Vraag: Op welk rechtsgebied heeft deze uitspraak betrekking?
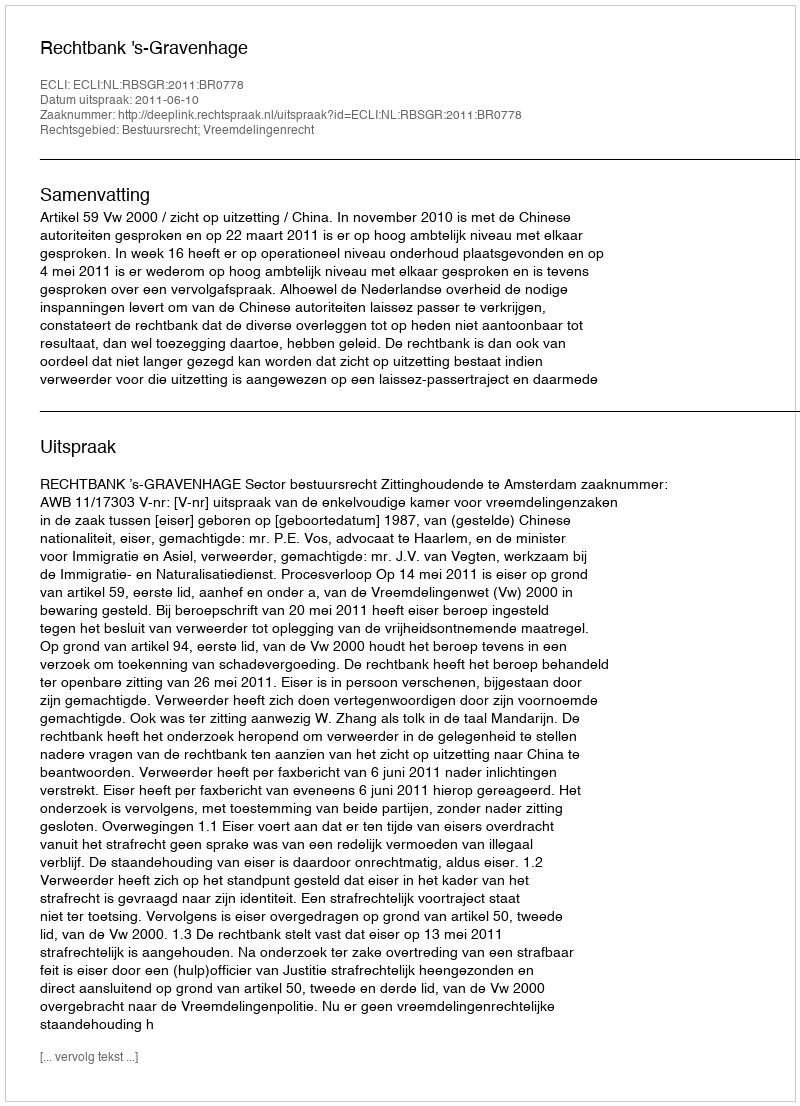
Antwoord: Bestuursrecht; Vreemdelingenrecht